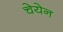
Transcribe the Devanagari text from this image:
चेयेन